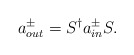
\begin{align*}a_{out}^{\pm }=S^{\dagger }a_{in}^{\pm }S. \end{align*}